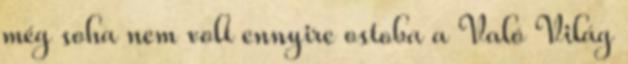
még soha nem volt ennyire ostoba a Való Világ